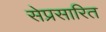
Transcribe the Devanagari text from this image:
सेप्रसारित